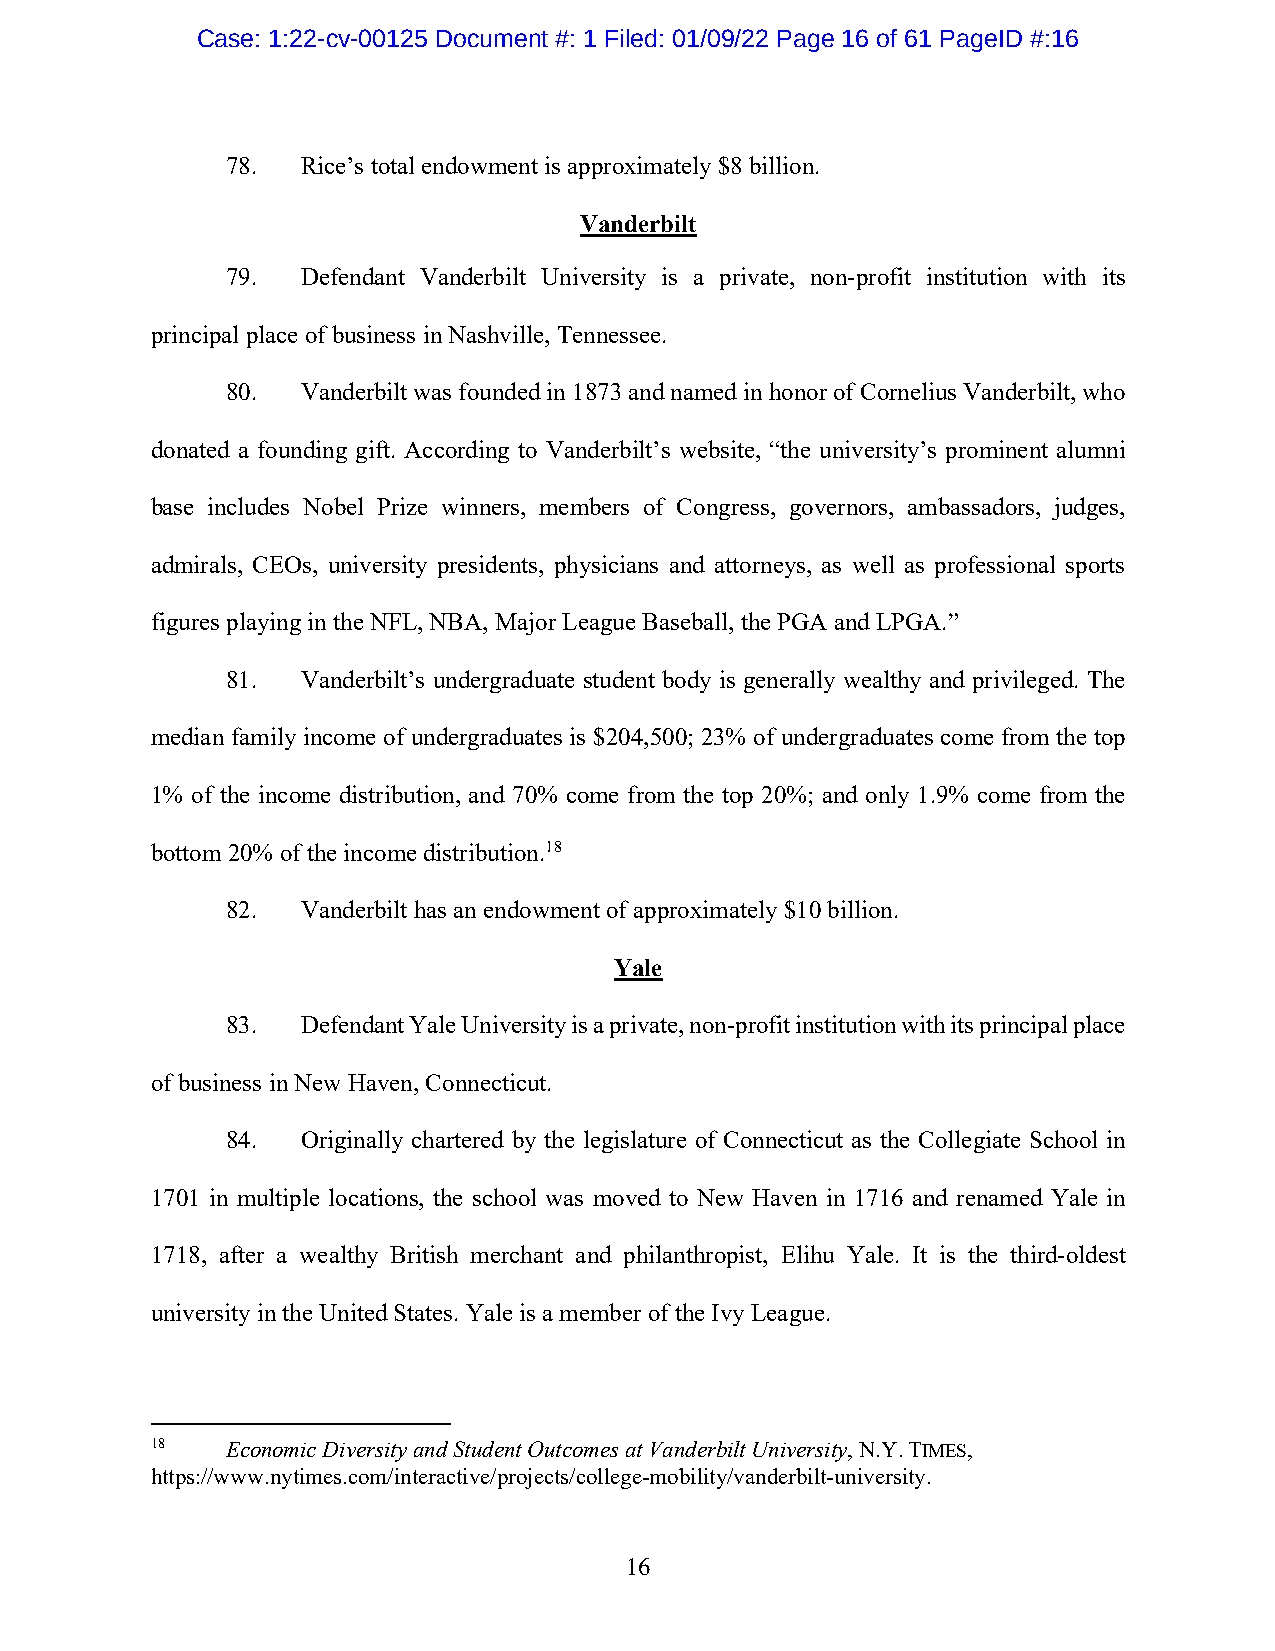
Case: 1:22-cv-00125 Document #: 1 Filed: 01/09/22 Page 16 of 61 PageID #:16
 78.  Rice’s total endowment is approximately $8 billion.
 Vanderbilt
 79.  Defendant Vanderbilt University is a private, non-profit institution with its
 principal place of business in Nashville, Tennessee.
 80.  Vanderbilt was founded in 1873 and named in honor of Cornelius Vanderbilt, who
 donated a founding gift. According to Vanderbilt’s website, “the university’s prominent alumni
 base includes Nobel Prize winners, members of Congress, governors, ambassadors, judges,
 admirals, CEOs, university presidents, physicians and attorneys, as well as professional sports
 figures playing in the NFL, NBA, Major League Baseball, the PGA and LPGA.”
 81.  Vanderbilt’s undergraduate student body is generally wealthy and privileged. The
 median family income of undergraduates is $204,500; 23% of undergraduates come from the top
 1% of the income distribution, and 70% come from the top 20%; and only 1.9% come from the
 bottom 20% of the income distribution.18
 82.  Vanderbilt has an endowment of approximately $10 billion.
 Yale
 83.  Defendant Yale University is a private, non-profit institution with its principal place
 of business in New Haven, Connecticut.
 84.  Originally chartered by the legislature of Connecticut as the Collegiate School in
 1701 in multiple locations, the school was moved to New Haven in 1716 and renamed Yale in
 1718, after a wealthy British merchant and philanthropist, Elihu Yale. It is the third-oldest
 university in the United States. Yale is a member of the Ivy League.
 18   Economic Diversity and Student Outcomes at Vanderbilt University, N.Y. TIMES,
 https://www.nytimes.com/interactive/projects/college-mobility/vanderbilt-university.
 16